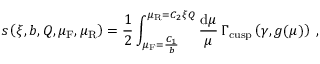
s \left( \xi , b , Q , \mu _ { \mathrm { F } } , \mu _ { \mathrm { R } } \right) = \frac { 1 } { 2 } \int _ { \mu _ { \mathrm { F } } = \frac { C _ { 1 } } { b } } ^ { \mu _ { \mathrm { R } } = C _ { 2 } \xi Q } \frac { \mathrm { d } \mu } { \mu } \, \Gamma _ { \mathrm { c u s p } } \left( \gamma , g ( \mu ) \right) \; ,